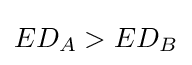
ED_{A}>ED_{B}